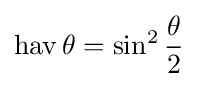
\operatorname {hav} \theta =\sin ^{2}{\frac {\theta }{2}}